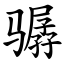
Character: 骣